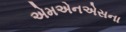
એમએનએસના